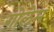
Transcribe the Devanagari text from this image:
गोलेम